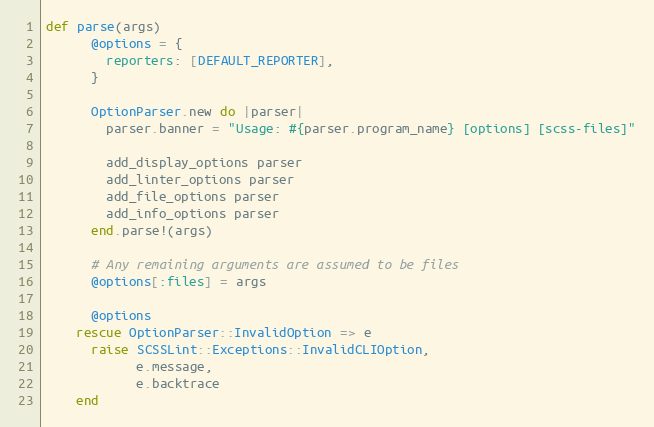
Language: Ruby
def parse(args)
      @options = {
        reporters: [DEFAULT_REPORTER],
      }

      OptionParser.new do |parser|
        parser.banner = "Usage: #{parser.program_name} [options] [scss-files]"

        add_display_options parser
        add_linter_options parser
        add_file_options parser
        add_info_options parser
      end.parse!(args)

      # Any remaining arguments are assumed to be files
      @options[:files] = args

      @options
    rescue OptionParser::InvalidOption => e
      raise SCSSLint::Exceptions::InvalidCLIOption,
            e.message,
            e.backtrace
    end